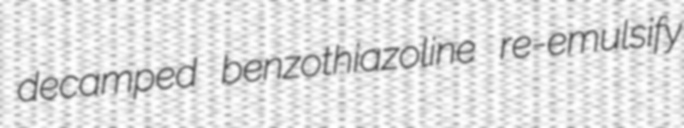
decamped benzothiazoline re-emulsify